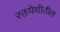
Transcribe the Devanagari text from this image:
रक्तपेशीतील